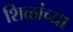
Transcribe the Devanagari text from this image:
शिळांच्या